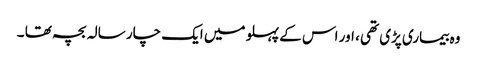
وہ بیماری پڑی تھی ، اور اس کے پہلو میں ایک چار سالہ بچہ تھا ۔